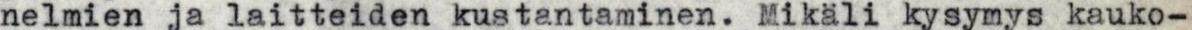
nelmien ja laitteiden kustantaminen. Mikäli kysymys kauko-